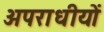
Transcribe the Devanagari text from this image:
अपराधीयों